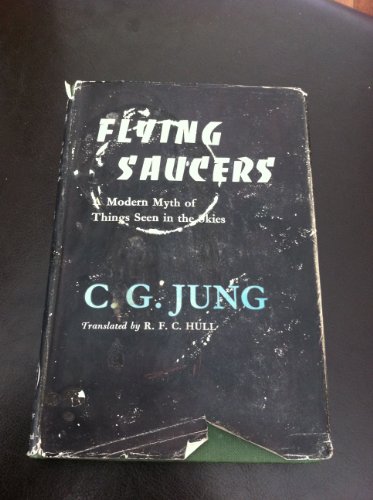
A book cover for Flying Saucers: A Modern Myth of Things Seen in the Sky; C G Jung; Cookbooks, Food & Wine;